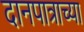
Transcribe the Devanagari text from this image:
दानपात्राच्या